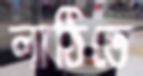
লাঠিতে